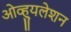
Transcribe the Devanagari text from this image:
ओव्ह्युलेशन